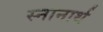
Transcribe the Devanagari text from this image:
स्‍नानार्थ